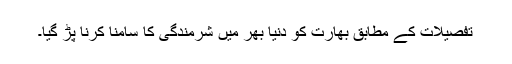
تفصیلات کے مطابق بھارت کو دنیا بھر میں شرمندگی کا سامنا کرنا پڑ گیا۔